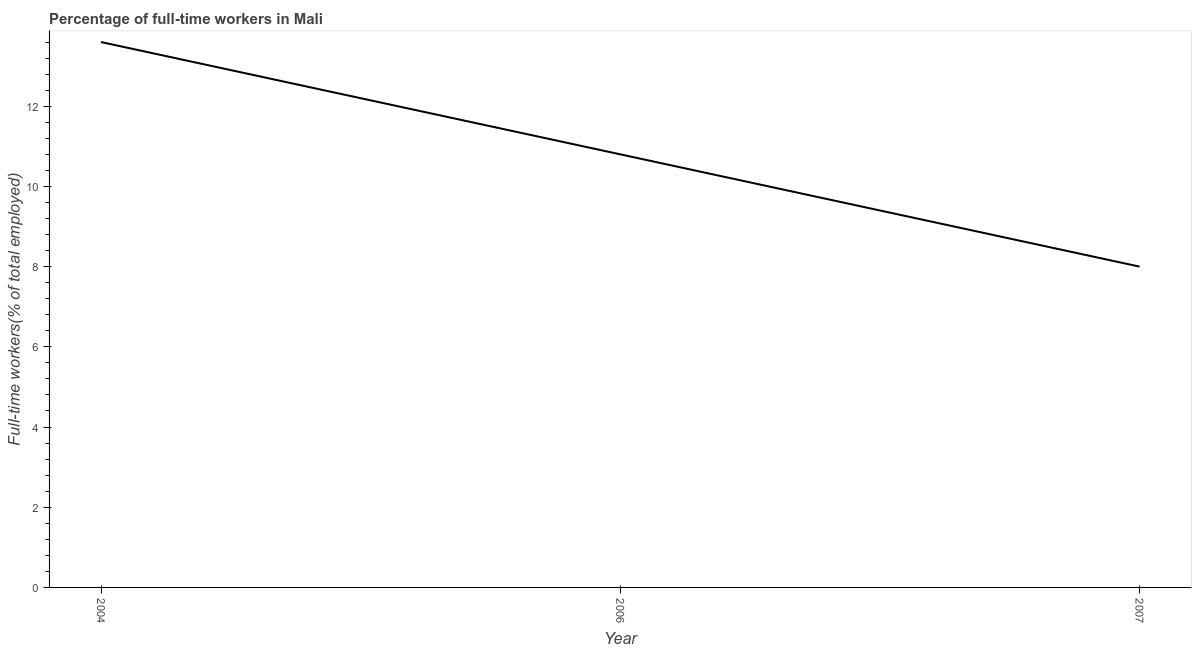
| Year | Wage and salaried workers |
 | --- | --- |
 | 2004 | 13.6 |
 | 2006 | 10.8 |
 | 2007 | 8 |